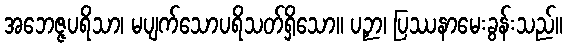
အဘေဇ္ဇပရိသာ၊ မပျက်သောပရိသတ်ရှိသော။ ပဉှာ၊ ပြဿနာမေးခွန်းသည်။